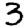
Digit: 3